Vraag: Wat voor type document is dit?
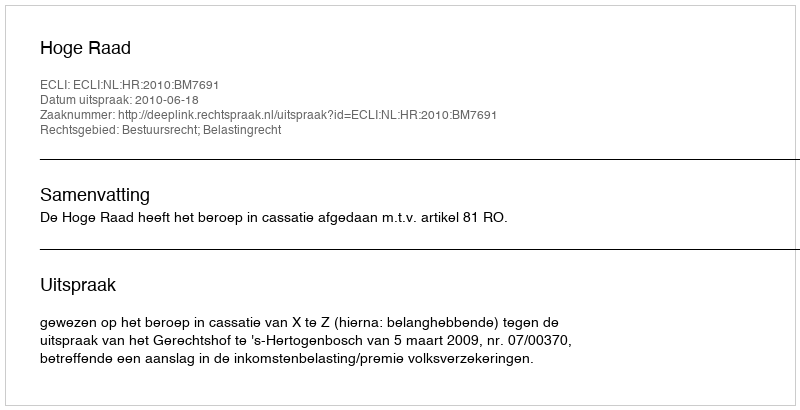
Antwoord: Uitspraak